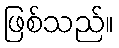
ဖြစ်သည်။